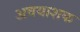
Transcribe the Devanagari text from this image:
अवयाशक